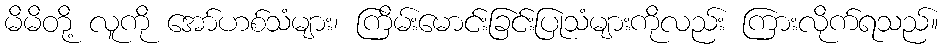
မိမိတို့ လူကို အော်ဟစ်သံများ၊ ကြိမ်းမောင်းခြင်းပြုသံများကိုလည်း ကြားလိုက်ရသည်။